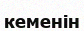
кеменін